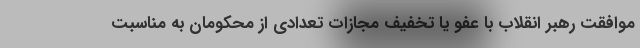
موافقت رهبر انقلاب با عفو یا تخفیف مجازات تعدادی از محکومان به مناسبت